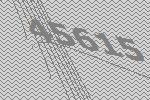
45615